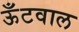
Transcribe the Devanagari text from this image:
ऊँटवाल